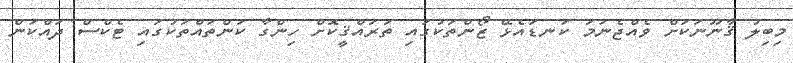
މިބިލު ޤާނޫނަކަށް ވެއްޖެނަމަ ކަނޑައެޅޭ ޒޯންތަކުގައި ތަރައްޤީކޮށް ހިންގާ ކަންތައްތަކުގައި ޓެކްސް ދައްކަން